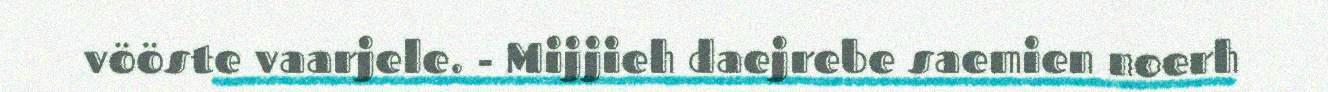
vööste vaarjele. - Mijjieh daejrebe saemien noerh